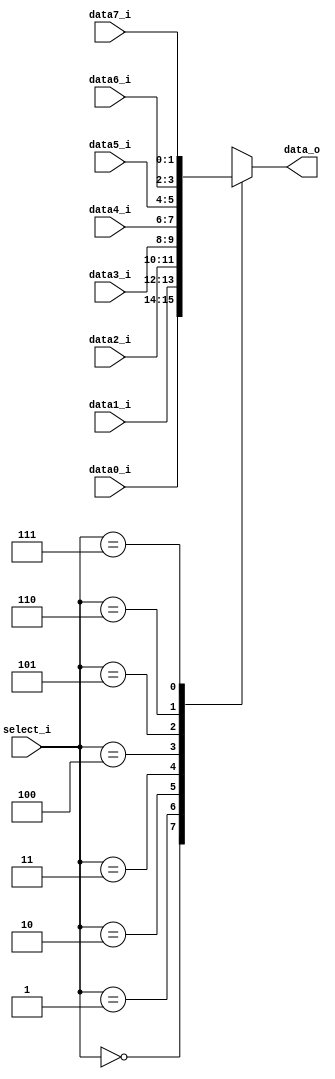
// 110652011
`timescale 1ns/1ps
module MUX_8to1(
        data0_i,
        data1_i,
        data2_i,
        data3_i,
        data4_i,
        data5_i,
        data6_i,
        data7_i,
        select_i,
        data_o
        );

parameter size = 0;			   
			
//I/O ports               
input   [size-1:0] data0_i;
input   [size-1:0] data1_i;
input   [size-1:0] data2_i;
input   [size-1:0] data3_i;
input   [size-1:0] data4_i;
input   [size-1:0] data5_i;
input   [size-1:0] data6_i;
input   [size-1:0] data7_i;
input      [3-1:0] select_i;
output  [size-1:0] data_o; 

//Internal Signals
reg     [size-1:0] data_o;

//Main function

    always @(*) begin
        case (select_i)
            0: data_o <= data0_i;
            1: data_o <= data1_i;
            2: data_o <= data2_i;
            3: data_o <= data3_i;
            4: data_o <= data4_i;
            5: data_o <= data5_i;
            6: data_o <= data6_i;
            7: data_o <= data7_i;
            default: ;
        endcase
    end

endmodule